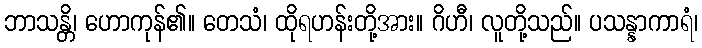
ဘာသန္တိ၊ ဟောကုန်၏။ တေသံ၊ ထိုရဟန်းတို့အား။ ဂိဟီ၊ လူတို့သည်။ ပသန္နာကာရံ၊